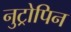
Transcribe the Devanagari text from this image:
नुट्रोपिन